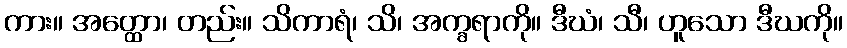
ကား။ အတ္ထော၊ တည်း။ သိကာရံ၊ သိ၊ အက္ခရာကို။ ဒီဃံ၊ သီ၊ ဟူသော ဒီဃကို။